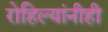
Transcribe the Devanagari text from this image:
रोहिल्यांनीही